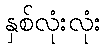
နှစ်လုံးလုံး